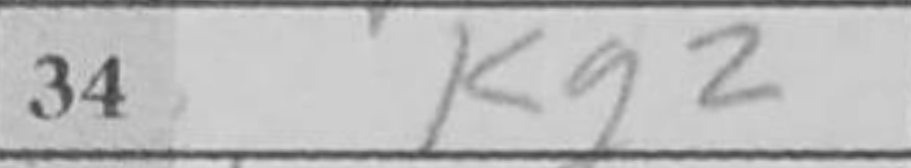
Transcription: Kg2